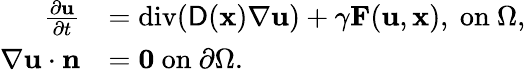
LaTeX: \begin{array}{rl}{\frac{\partial\mathbf{u}}{\partial t}}&{=\mathrm{div}(\mathsf{D}(\mathbf{x})\nabla\mathbf{u})+\gamma\mathbf{F}(\mathbf{u},\mathbf{x}),~\mathrm{on}~\Omega,}\\ {\nabla\mathbf{u}\cdot\mathbf{n}}&{=\mathbf{0}~\mathrm{on}~\partial\Omega.}\end{array}